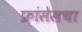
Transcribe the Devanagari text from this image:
फ्रांसेसचा